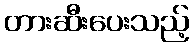
တားဆီးပေးသည့်